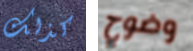
كذلك وضوح